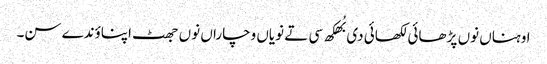
اوہناں نوں پڑ ھائی لکھائی دی بُھکھ سی تے نویاں وچاراں نوں جھٹ اپناؤندے سن۔